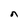
Character: n